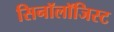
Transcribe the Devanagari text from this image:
सिनॉलॉजिस्ट